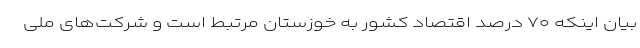
بیان اینکه ۷۰ درصد اقتصاد کشور به خوزستان مرتبط است و شرکت‌های ملی